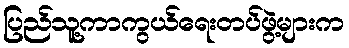
ပြည်သူ့ကာကွယ်ရေးတပ်ဖွဲ့များက